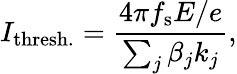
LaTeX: I_{\mathrm{thresh.}}=\frac{4\pi f_{\mathrm{s}}E/e}{\sum_{j}\beta_{j}k_{j}},